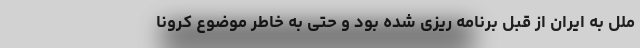
ملل به ایران از قبل برنامه ریزی شده بود و حتی به خاطر موضوع کرونا